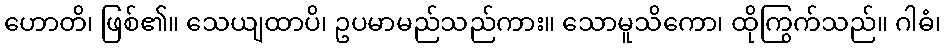
ဟောတိ၊ ဖြစ်၏။ သေယျထာပိ၊ ဥပမာမည်သည်ကား။ သောမူသိကော၊ ထိုကြွက်သည်။ ဂါဓံ၊